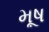
મૂષ